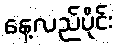
နေ့လည်ပိုင်း